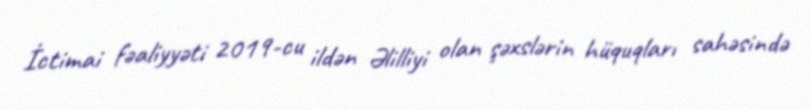
İctimai fəaliyyəti 2019-cu ildən Əlilliyi olan şəxslərin hüquqları sahəsində